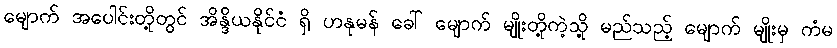
မျောက် အပေါင်းတို့တွင် အိန္ဒိယနိုင်ငံ ရှိ ဟနုမန် ခေါ် မျောက် မျိုးတို့ကဲ့သို့ မည်သည့် မျောက် မျိုးမှ ကံမ